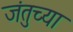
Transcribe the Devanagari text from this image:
जंतुच्या